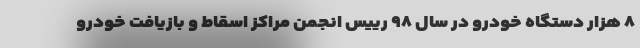
۸ هزار دستگاه خودرو در سال ۹۸ رییس انجمن مراکز اسقاط و بازیافت خودرو